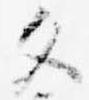
文